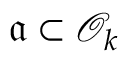
{ \mathfrak { a } } \subset { \mathcal { O } } _ { k }